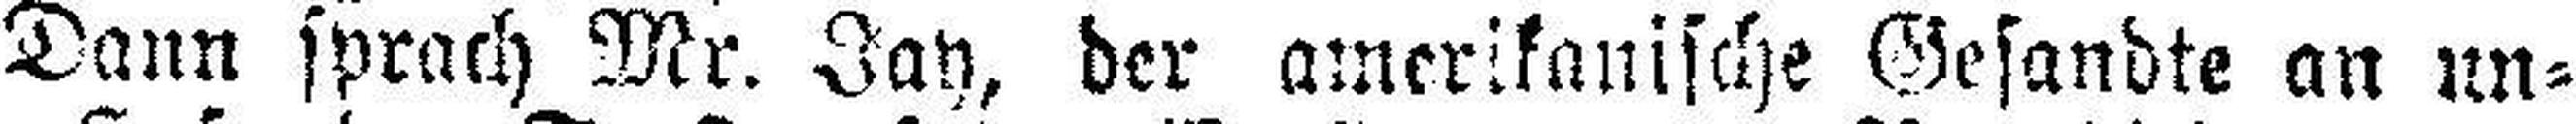
Dann sprach Mr. Jay, der amerikanische Gesandte an un¬